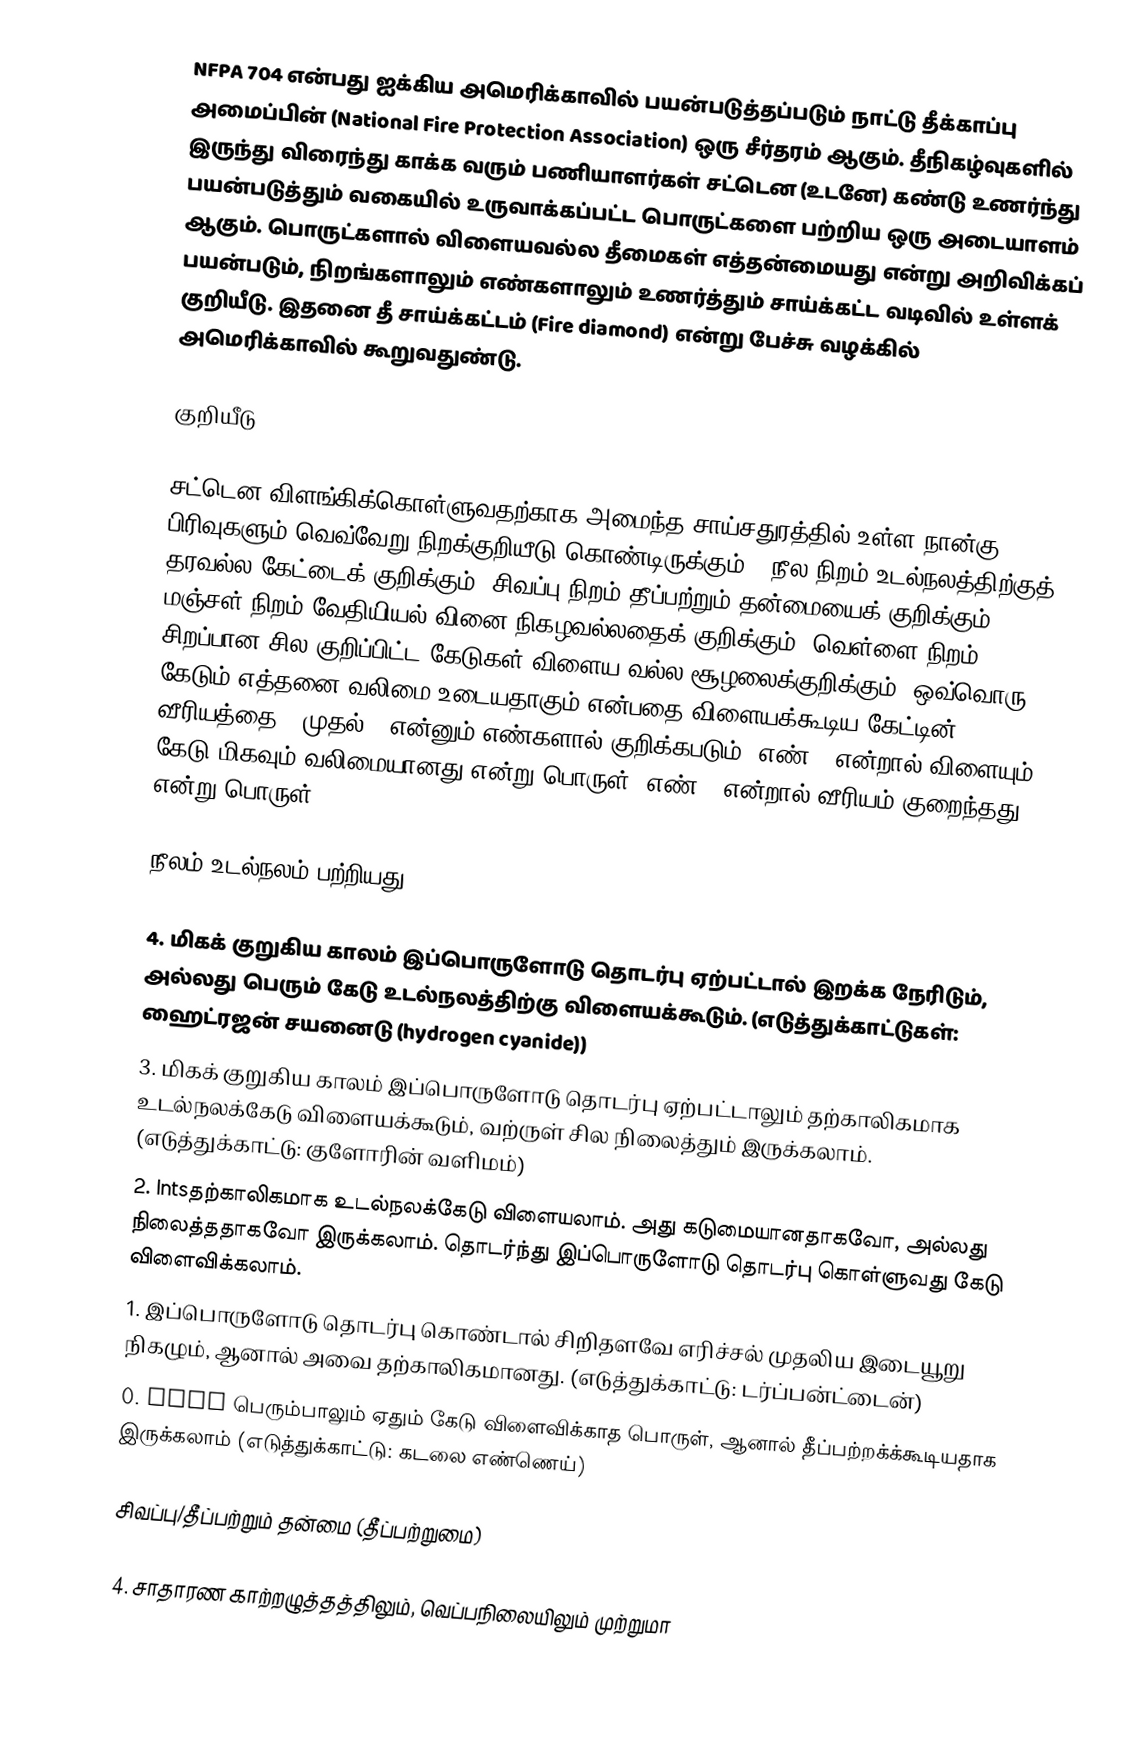
NFPA 704 என்பது ஐக்கிய அமெரிக்காவில் பயன்படுத்தப்படும் நாட்டு தீக்காப்பு அமைப்பின் (National Fire Protection Association) ஒரு சீர்தரம் ஆகும். தீநிகழ்வுகளில் இருந்து விரைந்து காக்க வரும் பணியாளர்கள் சட்டென (உடனே) கண்டு உணர்ந்து பயன்படுத்தும் வகையில் உருவாக்கப்பட்ட பொருட்களை பற்றிய ஒரு அடையாளம் ஆகும். பொருட்களால் விளையவல்ல தீமைகள் எத்தன்மையது என்று அறிவிக்கப் பயன்படும், நிறங்களாலும் எண்களாலும் உணர்த்தும் சாய்க்கட்ட வடிவில் உள்ளக் குறியீடு. இதனை தீ சாய்க்கட்டம் (Fire diamond) என்று பேச்சு வழக்கில் அமெரிக்காவில் கூறுவதுண்டு.

குறியீடு

சட்டென விளங்கிக்கொள்ளுவதற்காக அமைந்த சாய்சதுரத்தில் உள்ள நான்கு பிரிவுகளும் வெவ்வேறு நிறக்குறியீடு கொண்டிருக்கும்.. நீல நிறம் உடல்நலத்திற்குத் தரவல்ல கேட்டைக் குறிக்கும், சிவப்பு நிறம் தீப்பற்றும் தன்மையைக் குறிக்கும், மஞ்சள் நிறம் வேதியியல் வினை நிகழவல்லதைக் குறிக்கும், வெள்ளை நிறம் சிறப்பான சில குறிப்பிட்ட கேடுகள் விளைய வல்ல சூழலைக்குறிக்கும். ஒவ்வொரு கேடும் எத்தனை வலிமை உடையதாகும் என்பதை விளையக்கூடிய கேட்டின் வீரியத்தை 0 முதல் 4 என்னும் எண்களால் குறிக்கபடும். எண் 4 என்றால் விளையும் கேடு மிகவும் வலிமையானது என்று பொருள். எண் 0 என்றால் வீரியம் குறைந்தது என்று பொருள்.

நீலம்/உடல்நலம் பற்றியது

 4.  மிகக் குறுகிய காலம் இப்பொருளோடு தொடர்பு ஏற்பட்டால் இறக்க நேரிடும், அல்லது பெரும் கேடு உடல்நலத்திற்கு விளையக்கூடும். (எடுத்துக்காட்டுகள்: ஹைட்ரஜன் சயனைடு (hydrogen cyanide))
 3.  மிகக் குறுகிய காலம் இப்பொருளோடு தொடர்பு ஏற்பட்டாலும் தற்காலிகமாக உடல்நலக்கேடு விளையக்கூடும், வற்ருள் சில நிலைத்தும் இருக்கலாம். (எடுத்துக்காட்டு: குளோரின் வளிமம்)
 2.  Intsதற்காலிகமாக உடல்நலக்கேடு விளையலாம். அது கடுமையானதாகவோ, அல்லது நிலைத்ததாகவோ இருக்கலாம். தொடர்ந்து இப்பொருளோடு தொடர்பு கொள்ளுவது கேடு விளைவிக்கலாம்.
 1.  இப்பொருளோடு தொடர்பு கொண்டால் சிறிதளவே எரிச்சல் முதலிய இடையூறு நிகழும், ஆனால் அவை தற்காலிகமானது. (எடுத்துக்காட்டு: டர்ப்பன்ட்டைன்)
 0.  Expo பெரும்பாலும் ஏதும் கேடு விளைவிக்காத பொருள், ஆனால் தீப்பற்றக்க்கூடியதாக இருக்கலாம் (எடுத்துக்காட்டு: கடலை எண்ணெய்)

சிவப்பு/தீப்பற்றும் தன்மை (தீப்பற்றுமை)

 4.  சாதாரண காற்றழுத்தத்திலும், வெப்பநிலையிலும் முற்றுமா